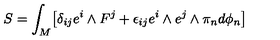
S = \int _ { M } \bigl [ \delta _ { i j } e ^ { i } \wedge F ^ { j } + \epsilon _ { i j } e ^ { i } \wedge e ^ { j } \wedge \pi _ { n } d \phi _ { n } \bigr ]